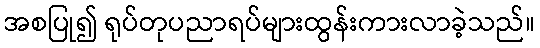
အစပြု၍ ရုပ်တုပညာရပ်များထွန်းကားလာခဲ့သည်။